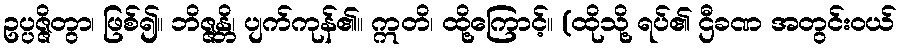
ဥပ္ပဇ္ဇိတွာ၊ ဖြစ်၍။ ဘိဇ္ဇန္တိ၊ ပျက်ကုန်၏။ ဣတိ၊ ထို့ကြောင့်။ (ထိုသို့ ရပ်၏ ဌီခဏ အတွင်းဝယ်